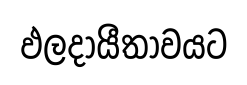
ඵලදායීතාවයට